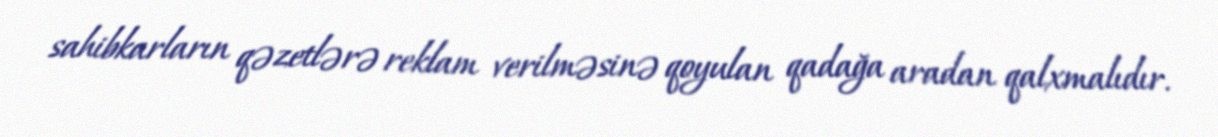
sahibkarların qəzetlərə reklam verilməsinə qoyulan qadağa aradan qalxmalıdır.